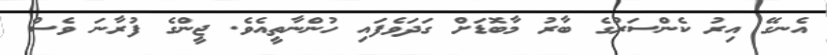
އެނގޭ އިރު ކެންސަރުގެ ބާރު މާބޮޑަށް ގަދަވެފައި ހުންނާތީއެވެ. ޖީންގެ ފުރާނަ ވެސް